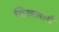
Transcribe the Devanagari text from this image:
सिखलायें